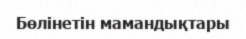
Бөлінетін мамандықтары